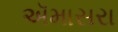
ઍમાસરા